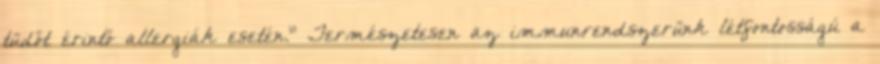
tüdőt érintő allergiák esetén.” Természetesen az immunrendszerünk létfontosságú a